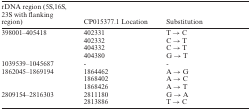
<table><thead><tr><td><b>rDNA region (5S,16S, 23S with flanking region)</b></td><td><b>CP015377.1 Location</b></td><td><b>Substitution</b></td></tr></thead><tbody><tr><td>398001–405418</td><td>402331</td><td>T → C</td></tr><tr><td></td><td>402332</td><td>C → T</td></tr><tr><td></td><td>404332</td><td>C → T</td></tr><tr><td></td><td>404380</td><td>G → T</td></tr><tr><td>1039539–1045687</td><td>-</td><td>-</td></tr><tr><td>1862045–1869194</td><td>1864462</td><td>A → G</td></tr><tr><td></td><td>1868402</td><td>A → C</td></tr><tr><td></td><td>1868426</td><td>A → T</td></tr><tr><td>2809154–2816303</td><td>2811180</td><td>G → A</td></tr><tr><td></td><td>2813886</td><td>T → C</td></tr></tbody></table>